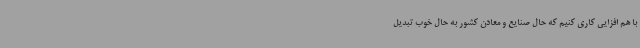
با هم افزایی کاری کنیم که حال صنایع و معادن کشور به حال خوب تبدیل